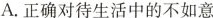
A.正确对待生活中的不如意